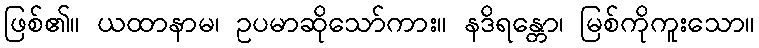
ဖြစ်၏။ ယထာနာမ၊ ဥပမာဆိုသော်ကား။ နဒိရန္တော၊ မြစ်ကိုကူးသော။